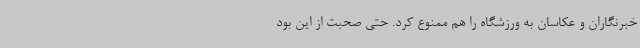
خبرنگاران و عکاسان به ورزشگاه را هم ممنوع کرد. حتی صحبت از این بود